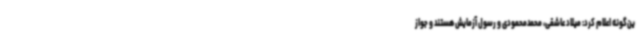
ین‌گونه اعلام کرد: میلاد عاشقی، محمدمحمودی و رسول آزمایش هستند و جواز